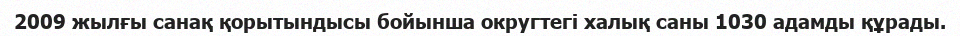
2009 жылғы санақ қорытындысы бойынша округтегі халық саны 1030 адамды құрады.